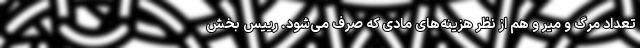
تعداد مرگ و میر و هم از نظر هزینه‌های مادی که صرف می‌شود. رییس بخش